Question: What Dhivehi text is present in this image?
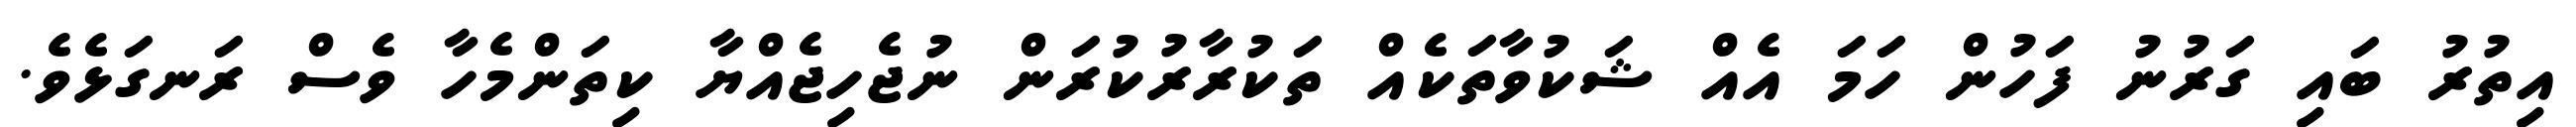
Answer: އިތުރު ބައި ގަރުނު ފަހުން ހަމަ އެއް ޝަކުވާތަކެއް ތަކުރާރުކުރަން ނުޖެހިޖެއްޔާ ކިތަންމެހާ ވެސް ރަނގަޅެވެ.